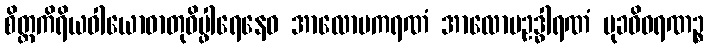
စိတ္တကိရိယဝါယောဓာတုဝိပ္ဖါရေနေဝ အာလောပကရဏံ အာလောပဥဒ္ဓါရဏံ မုခဝိဝရဏဉ္စ